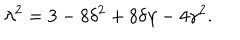
\lambda ^ { 2 } = { 3 - 8 \delta ^ { 2 } + 8 \delta \gamma - 4 \gamma ^ { 2 } } .